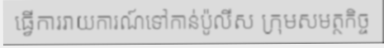
ធ្វើការរាយការណ៍ទៅកាន់ប៉ូលីស ក្រុមសមត្ថកិច្ច